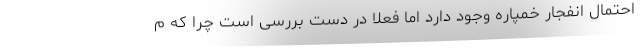
احتمال انفجار خمپاره وجود دارد اما فعلا در دست بررسی است چرا که م